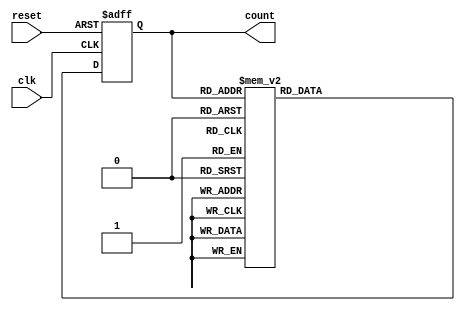
module async_counter (
    input wire clk,         // Clock input
    input wire reset,       // Asynchronous reset
    output reg [2:0] count  // 3-bit output count
);

// Always block triggered on the rising edge of the clock or the reset signal
always @(posedge clk or posedge reset) begin
    if (reset) begin
        count <= 3'b000; // Reset count to 0
    end else begin
        // T flip-flop behavior
        case (count)
            3'b000: count <= 3'b001;
            3'b001: count <= 3'b010;
            3'b010: count <= 3'b011;
            3'b011: count <= 3'b100;
            3'b100: count <= 3'b101;
            3'b101: count <= 3'b110;
            3'b110: count <= 3'b111;
            3'b111: count <= 3'b000; // Wrap around to 0
            default: count <= 3'b000; // Safety default
        endcase
    end
end

endmodule